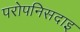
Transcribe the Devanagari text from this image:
परोपनिसदाइ